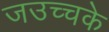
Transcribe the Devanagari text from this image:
जउच्चके